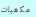
مكعبات